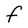
Character: F